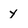
Character: y